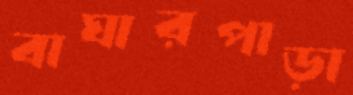
বাঘারপাড়া